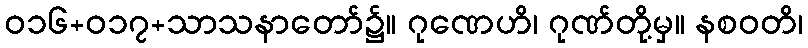
ဝ၁၆+၀၁၇+သာသနာတော်၌။ ဂုဏေဟိ၊ ဂုဏ်တို့မှ။ နစဝတိ၊